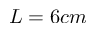
L = 6 c m